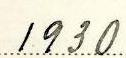
1930